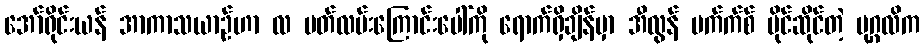
အော်ရိုင်းယန် အာကာသယာဉ်ဟာ လ ပတ်လမ်းကြောင်းပေါ်ကို ရောက်ရှိချိန်မှာ အီလွန် မက်က်စ် ပိုင်ဆိုင်တဲ့ ပုဂ္ဂလိက